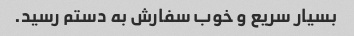
بسیار سریع و خوب سفارش به دستم رسید.